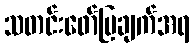
သတင်းဖော်ပြချက်အရ